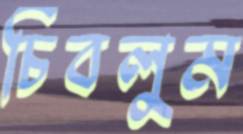
চিবলুম